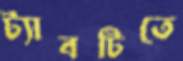
ট্যাবটিতে